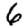
Digit: 6